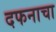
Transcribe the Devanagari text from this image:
दफनाचा